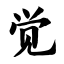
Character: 觉